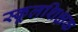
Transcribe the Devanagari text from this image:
स्कूलशिक्षक